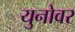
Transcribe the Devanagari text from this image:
युनोवर